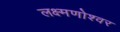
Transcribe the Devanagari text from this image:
लक्ष्मणोश्वर